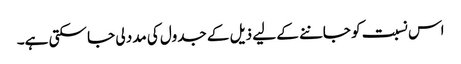
اس نسبت کو جاننے کے لیے ذیل کے جدول کی مدد لی جا سکتی ہے۔